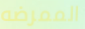
الممرضه